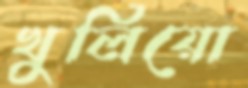
খুলিয়ো